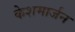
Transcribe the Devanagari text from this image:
केशमार्जन